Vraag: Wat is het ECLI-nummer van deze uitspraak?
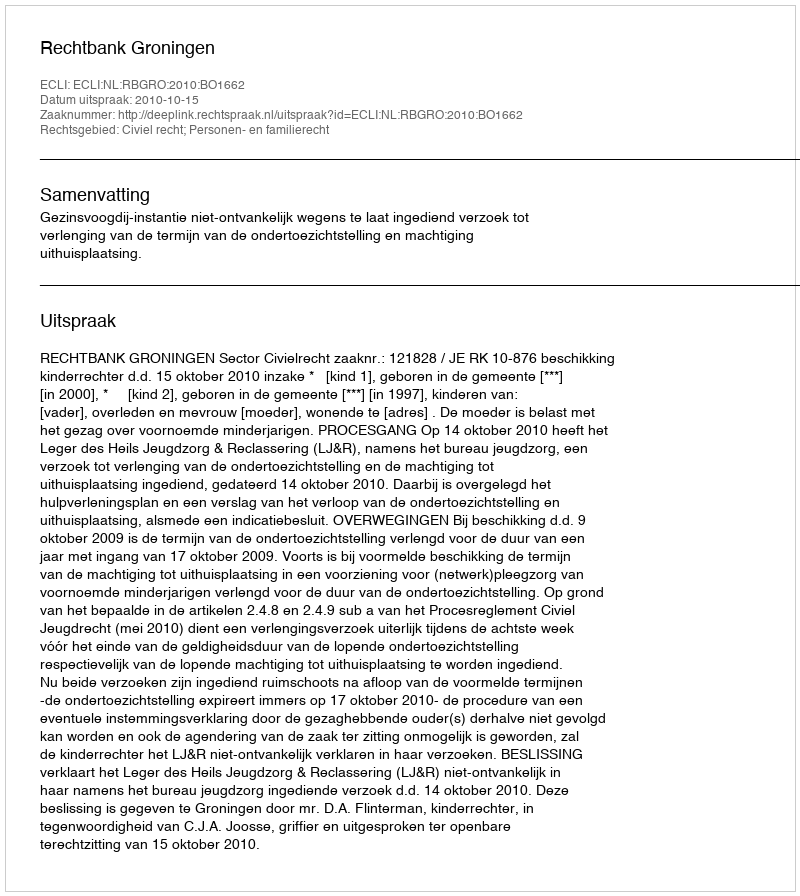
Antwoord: ECLI:NL:RBGRO:2010:BO1662